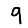
Digit: 9